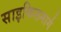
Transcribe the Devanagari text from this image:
साइकिलमार्ग